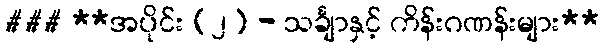
### **အပိုင်း (၂) - သင်္ချာနှင့် ကိန်းဂဏန်းများ**